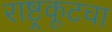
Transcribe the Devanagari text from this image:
राष्ट्रकूटचा